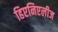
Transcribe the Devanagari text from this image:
हिएनिएलीज